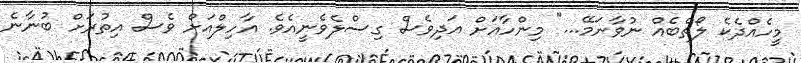
މީހެއްދެކެ ލޯތްބެއް ނުވާނަމޭ..." މިންހާއަށް އަދިވެސް ގިސްލެވެނީއެވެ. އާހިލްއަށް ވެސް އިތުރަށް ބުނާނެ